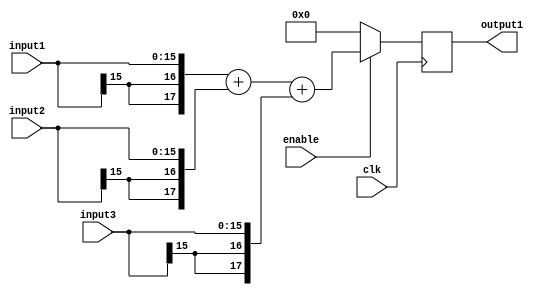
/*
	Author: Aniket Badhan
	Description: Addition stage 2
*/

`timescale 1ns / 1ps

module adderStage2_2(
    	input [15:0] input1,
    	input [15:0] input2,
	input [15:0] input3,
	output reg [17:0] output1,
	input enable,
    	input clk
    );
	
	always @ (posedge clk) begin
		if(enable) begin
			output1 <= {{2{input1[15]}}, input1} + {{2{input2[15]}}, input2} + {{2{input3[15]}}, input3};
		end
		else begin
			output1 <= 0;
		end
		
	end
	
endmodule